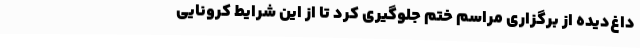
داغ‌دیده از برگزاری مراسم ختم جلوگیری کرد تا از این شرایط کرونایی